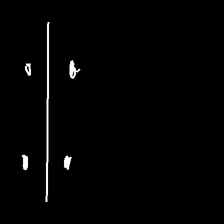
Glyph: cool